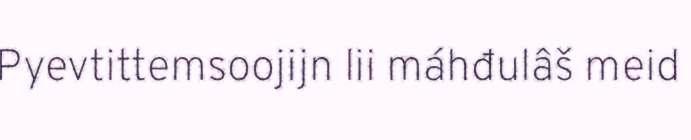
Pyevtittemsoojijn lii máhđulâš meid